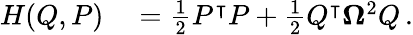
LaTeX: \begin{array}{rl}{H(Q,P)}&{{}=\frac{1}{2}P^{\intercal}P+\frac{1}{2}Q^{\intercal}\boldsymbol{\Omega}^{2}Q\, .}\end{array}